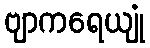
ဗျာကရေယျုံ